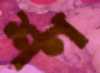
শণ